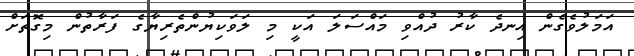
އަމަލުވެގެން އިނދެ ކާރު ދުއްވި މައްސަލަ އަކީ މި ލަވަކިޔުންތެރިޔާގެ ފަރާތުން މިގޮތަށް